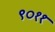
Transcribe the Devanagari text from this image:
९०११